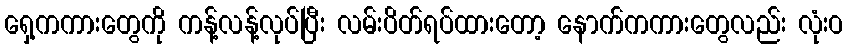
ရှေ့ကကားတွေကို ကန့်လန့်လုပ်ပြီး လမ်းပိတ်ရပ်ထားတော့ နောက်ကကားတွေလည်း လုံးဝ